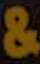
&